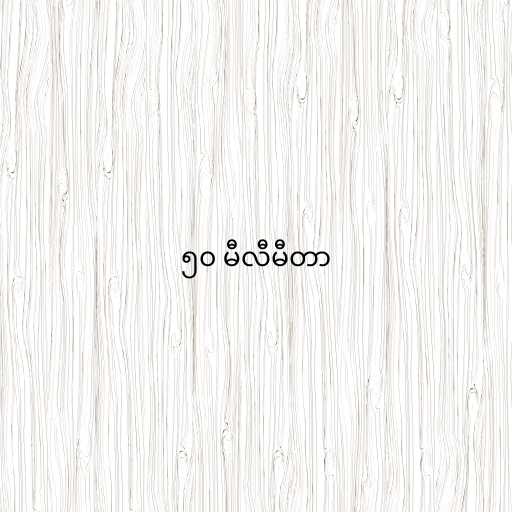
၅၀ မီလီမီတာ